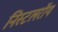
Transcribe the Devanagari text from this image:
निस्टलरॉय